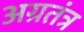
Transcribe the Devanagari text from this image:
अग्रतंत्र